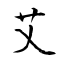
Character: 艾